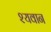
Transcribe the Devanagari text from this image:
श्यवान